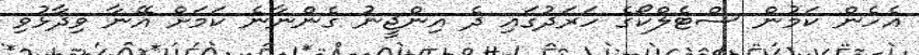
އެހެން ކަމުން ސްޓެލްކޯގެ ހަރަދުގައި ދެ އިންޖީނު ގެންނާނެ ކަމަށް އޭނާ ވިދާޅުވި